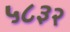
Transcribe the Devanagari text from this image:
५८३२